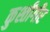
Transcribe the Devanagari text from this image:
कुश्तीगीर